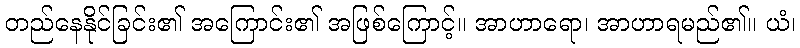
တည်နေနိုင်ခြင်း၏ အကြောင်း၏ အဖြစ်ကြောင့်။ အာဟာရော၊ အာဟာရမည်၏။ ယံ၊